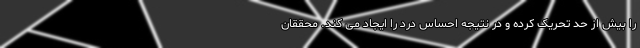
را بیش از حد تحریک کرده و در نتیجه احساس درد را ایجاد می کند. محققان